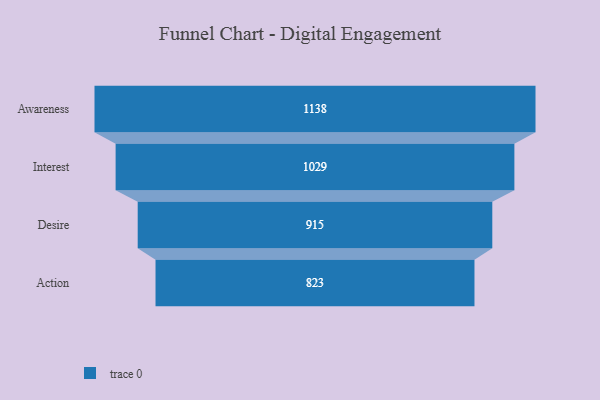
{"axis": {"x": "Stage", "y": "Value"}, "legend": [""], "data": [{"x": "Awareness", "y": 1138.0, "type": ""}, {"x": "Interest", "y": 1029.0, "type": ""}, {"x": "Desire", "y": 915.0, "type": ""}, {"x": "Action", "y": 823.0, "type": ""}]}